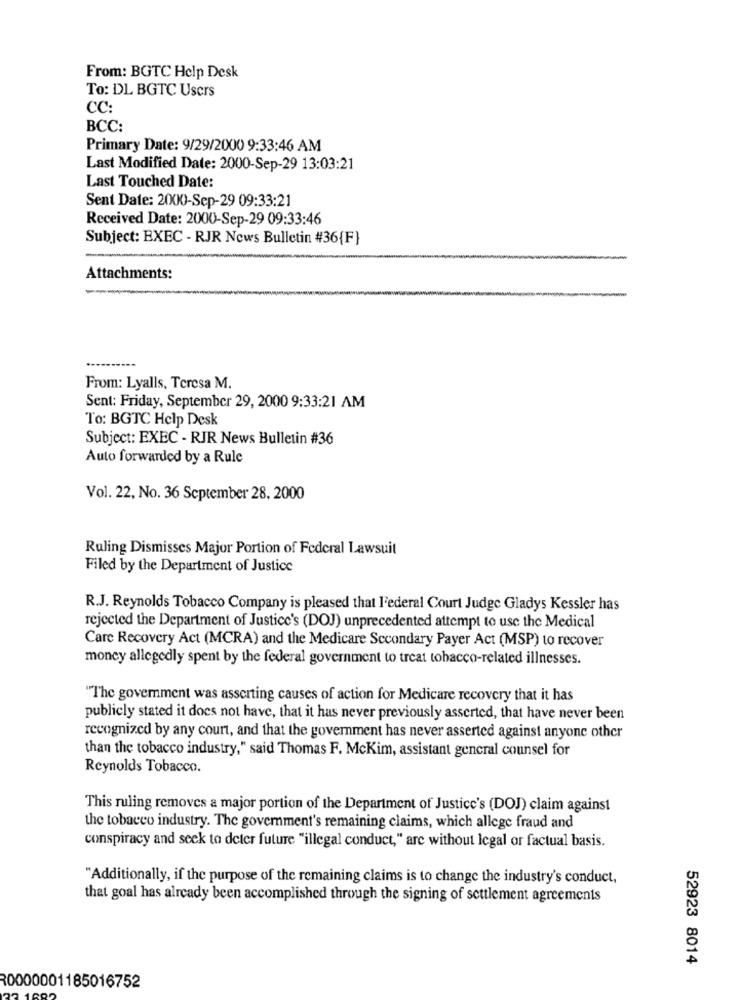
From: BGTC Help Desk
To: DL BGTC Users
CC:
BCC:
Primary Date: 9/29/2000 9:33:46 AM
Last Modified Date: 2000-Sep-29 13:03:21
Last Touched Date:
Sent Date: 2000-Sep-29 09:33:21
Received Date: 2000-Sep-29 09:33:46
Subject: EXEC - RJR News Bulletin #36{F}
Attachments:
From: Lyalls, Teresa M.
Sent: Friday, September 29, 2000 9:33:21 AM
To: BGTC Help Desk
Subject: EXEC - RIR News Bulletin #36
Auto forwarded by a Rule
Vol. 22, No. 36 September 28, 2000
Ruling Dismisses Major Portion of Federal Lawsuit
Filed by the Department of Justice
R.J. Reynolds Tobacco Company is pleased that Federal Court Judge Gladys Kessler has
rejected the Department of Justice's (DOJ) unprecedented attempt to use the Medical
Care Recovery Act (MCRA) and the Medicare Secondary Payer Act (MSP) to recover
money allegedly spent by the federal government to treat tobacco-related illnesses.
"The government was asserting causes of action for Medicare recovery that it has
publicly stated it does not have, that it has never previously asserted, that have never been
recognized by any court, and that the government has never asserted against anyone other
than the tobacco industry," said Thomas F. McKim, assistant general counsel for
Reynolds Tobacco.
This ruling removes a major portion of the Department of Justice's (DOJ) claim against
the tobacco industry. The government's remaining claims, which allege fraud and
conspiracy and seek to deter future "illegal conduct," are without legal or factual basis.
"Additionally, if the purpose of the remaining claims is to change the industry's conduct,
that goal has already been accomplished through the signing of settlement agreements
52923 8014
30000001185016752